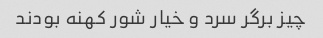
چیز برگر سرد و خیار شور کهنه بودند